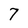
Character: 7